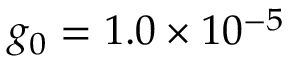
g _ { 0 } = 1 . 0 \times 1 0 ^ { - 5 }